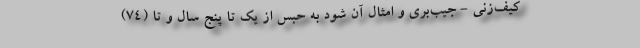
کیف‌زنی - جیب‌بری و امثال آن شود به حبس از یک تا پنج سال و تا (۷۴)